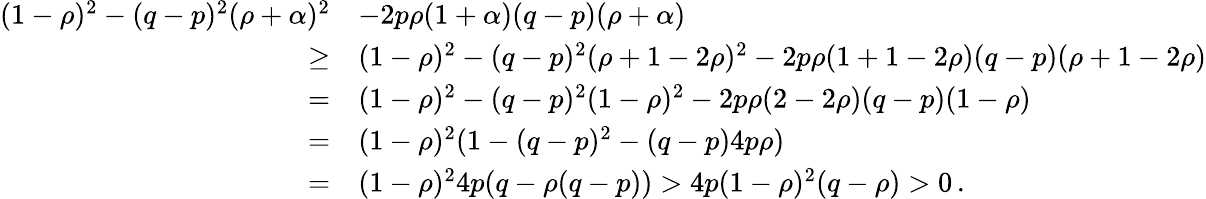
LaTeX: \begin{array}{rl}{(1-\rho)^{2}-(q-p)^{2}(\rho+\alpha)^{2}}&{-2p\rho(1+\alpha)(q-p)(\rho+\alpha)}\\ {\ge}&{(1-\rho)^{2}-(q-p)^{2}(\rho+1-2\rho)^{2}-2p\rho(1+1-2\rho)(q-p)(\rho+1-2\rho)}\\ {=}&{(1-\rho)^{2}-(q-p)^{2}(1-\rho)^{2}-2p\rho(2-2\rho)(q-p)(1-\rho)}\\ {=}&{(1-\rho)^{2}(1-(q-p)^{2}-(q-p)4p\rho)}\\ {=}&{(1-\rho)^{2}4p(q-\rho(q-p))>4p(1-\rho)^{2}(q-\rho)>0\, .}\end{array}